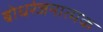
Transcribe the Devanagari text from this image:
बोधरंजनात्मक